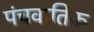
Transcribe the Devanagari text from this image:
पंचवार्तिक